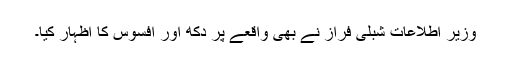
وزیر اطلاعات شبلی فراز نے بھی واقعے پر دکھ اور افسوس کا اظہار کیا۔